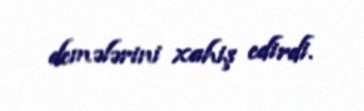
demələrini xahiş edirdi.